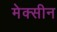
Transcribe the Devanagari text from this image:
मेक्सीन